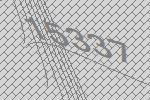
15337